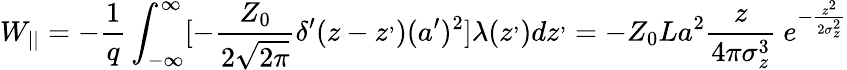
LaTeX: W_{||}=-\frac{1}{q}\int_{-\infty}^{\infty}[{-\frac{Z_{0}}{2\sqrt{2\pi}}\delta^{\prime}(z-z^{,})(a^{\prime})^{2}}]\lambda(z^{,})dz^{,}=-Z_{0}La^{2}\frac{z}{4\pi\sigma_{z}^{3}}\ e^{-\frac{z^{2}}{2\sigma_{z}^{2}}}